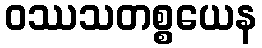
ဝဿသတစ္စယေန